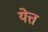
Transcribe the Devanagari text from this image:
येत्त